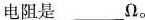
电阻是___Ω。